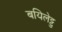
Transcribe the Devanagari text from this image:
बयिलेट्टु